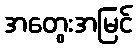
အတွေးအမြင်